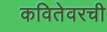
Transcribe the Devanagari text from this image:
कवितेवरची